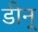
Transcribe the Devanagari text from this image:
डीन्